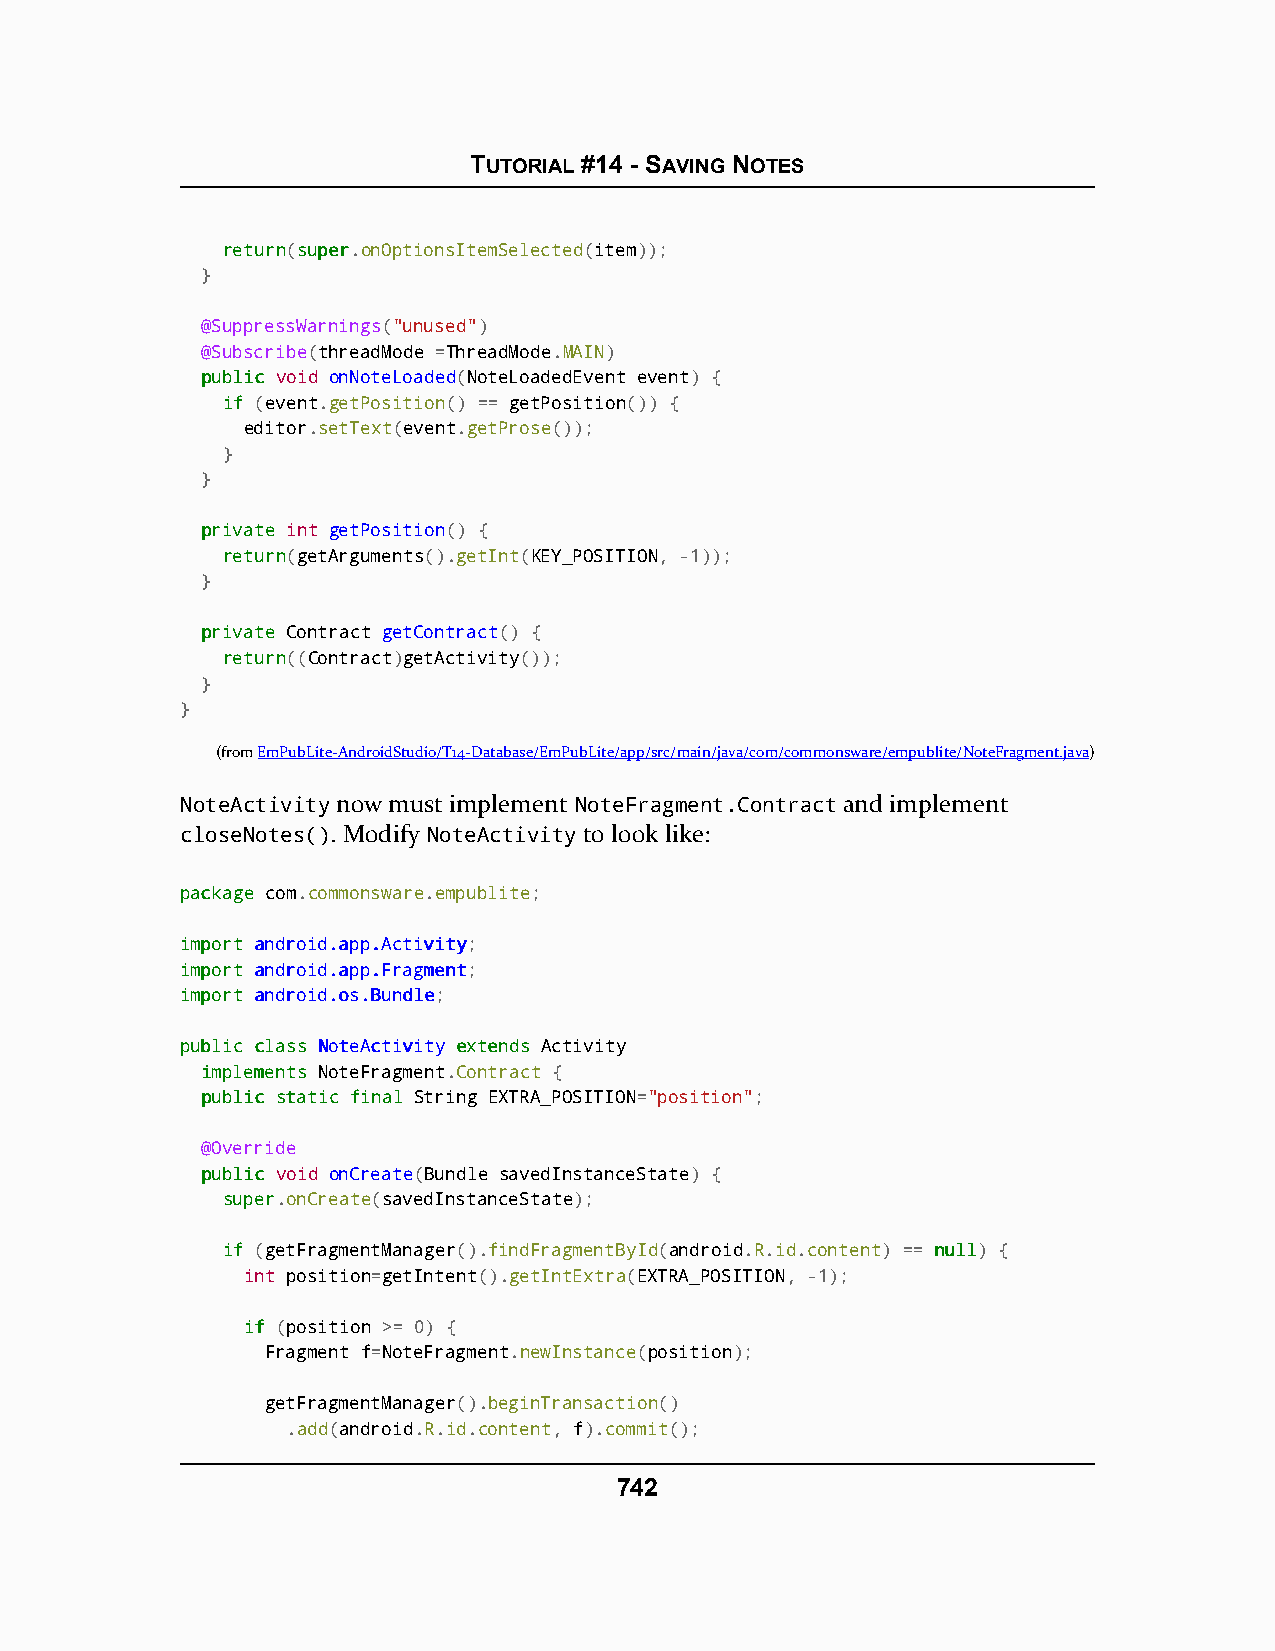
TUTORIAL #14 - SAVING NOTES
 rreettuurrnn(ssuuppeerr.onOptionsItemSelected(item));
 }
 @SuppressWarnings("unused")
 @Subscribe(threadMode =ThreadMode.MAIN)
 ppuubblliicc void onNoteLoaded(NoteLoadedEvent event) {
 iiff (event.getPosition() == getPosition()) {
 editor.setText(event.getProse());
 }
 }
 pprriivvaattee int getPosition() {
 rreettuurrnn(getArguments().getInt(KEY_POSITION, -1));
 }
 pprriivvaattee Contract getContract() {
 rreettuurrnn((Contract)getActivity());
 }
 }
 (fromEmPubLite-AndroidStudio/T14-Database/EmPubLite/app/src/main/java/com/commonsware/empublite/NoteFragment.java)
 NoteActivity now must implement NoteFragment.Contract and implement
 closeNotes(). Modify NoteActivity to look like:
 ppaacckkaaggee com.commonsware.empublite;
 iimmppoorrtt aannddrrooiidd..aapppp..AAccttiivviittyy;
 iimmppoorrtt aannddrrooiidd..aapppp..FFrraaggmmeenntt;
 iimmppoorrtt aannddrrooiidd..ooss..BBuunnddllee;
 ppuubblliicc ccllaassss NNootteeAAccttiivviittyy eexxtteennddss Activity
 iimmpplleemmeennttss NoteFragment.Contract {
 ppuubblliicc ssttaattiicc ffiinnaall String EXTRA_POSITION="position";
 @Override
 ppuubblliicc void onCreate(Bundle savedInstanceState) {
 ssuuppeerr.onCreate(savedInstanceState);
 iiff (getFragmentManager().findFragmentById(android.R.id.content) == nnuullll) {
 int position=getIntent().getIntExtra(EXTRA_POSITION, -1);
 iiff (position >= 0) {
 Fragment f=NoteFragment.newInstance(position);
 getFragmentManager().beginTransaction()
 .add(android.R.id.content, f).commit();
 742